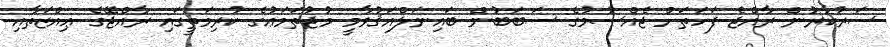
ސަރުކާރުން ރާއްޖެ ފަހަތަށް ޖެއްސުމުގެ ސަބަބުން ބައިނަލްއަޤުވާމީ މުޖުތަމަޢުގެ ކުރިމަތީގައި ރާއްޖޭގެ ޢިއްޒަތާއި